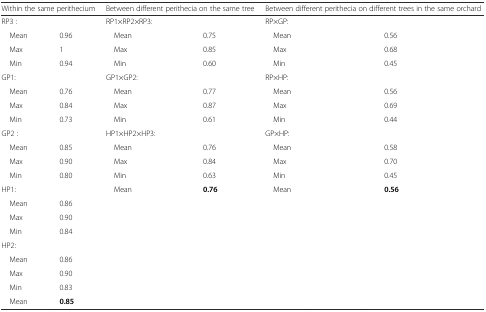
<table><thead><tr><td colspan="2"><b>Within the same perithecium</b></td><td colspan="2"><b>Between different perithecia on the same tree</b></td><td colspan="2"><b>Between different perithecia on different trees in the same orchard</b></td></tr></thead><tbody><tr><td>RP3 :</td><td></td><td>RP1×RP2×RP3:</td><td></td><td>RP×GP:</td><td></td></tr><tr><td> Mean</td><td>0.96</td><td> Mean</td><td>0.75</td><td> Mean</td><td>0.56</td></tr><tr><td> Max</td><td>1</td><td> Max</td><td>0.85</td><td> Max</td><td>0.68</td></tr><tr><td> Min</td><td>0.94</td><td> Min</td><td>0.60</td><td> Min</td><td>0.45</td></tr><tr><td>GP1:</td><td></td><td>GP1×GP2:</td><td></td><td>RP×HP:</td><td></td></tr><tr><td> Mean</td><td>0.76</td><td> Mean</td><td>0.77</td><td> Mean</td><td>0.56</td></tr><tr><td> Max</td><td>0.84</td><td> Max</td><td>0.87</td><td> Max</td><td>0.69</td></tr><tr><td> Min</td><td>0.73</td><td> Min</td><td>0.61</td><td> Min</td><td>0.44</td></tr><tr><td>GP2 :</td><td></td><td>HP1×HP2×HP3:</td><td></td><td>GP×HP:</td><td></td></tr><tr><td> Mean</td><td>0.85</td><td> Mean</td><td>0.76</td><td> Mean</td><td>0.58</td></tr><tr><td> Max</td><td>0.90</td><td> Max</td><td>0.84</td><td> Max</td><td>0.70</td></tr><tr><td> Min</td><td>0.80</td><td> Min</td><td>0.63</td><td> Min</td><td>0.45</td></tr><tr><td>HP1:</td><td></td><td> Mean</td><td><b>0.76</b></td><td> Mean</td><td><b>0.56</b></td></tr><tr><td> Mean</td><td>0.86</td><td></td><td></td><td></td><td></td></tr><tr><td> Max</td><td>0.90</td><td></td><td></td><td></td><td></td></tr><tr><td> Min</td><td>0.84</td><td></td><td></td><td></td><td></td></tr><tr><td>HP2:</td><td></td><td></td><td></td><td></td><td></td></tr><tr><td> Mean</td><td>0.86</td><td></td><td></td><td></td><td></td></tr><tr><td> Max</td><td>0.90</td><td></td><td></td><td></td><td></td></tr><tr><td> Min</td><td>0.83</td><td></td><td></td><td></td><td></td></tr><tr><td> Mean</td><td><b>0.85</b></td><td></td><td></td><td></td><td></td></tr></tbody></table>